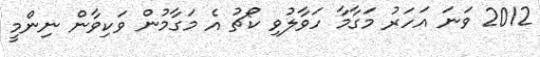
2012 ވަނަ އަހަރު މަގާމާ ހަވާލުވި ކޯޗު އެ މަގާމުން ވަކިވާން ނިންމީ